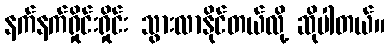
နက်နက်ရှိုင်းရှိုင်း သွားလာနိုင်တယ်လို့ ဆိုပါတယ်။